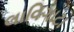
લાવિગાટા